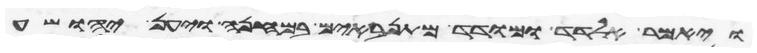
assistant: ויאמר אלדד ומודד מתנאבים במחנה ויען יהושע